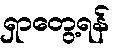
ရှာတွေ့ရန်